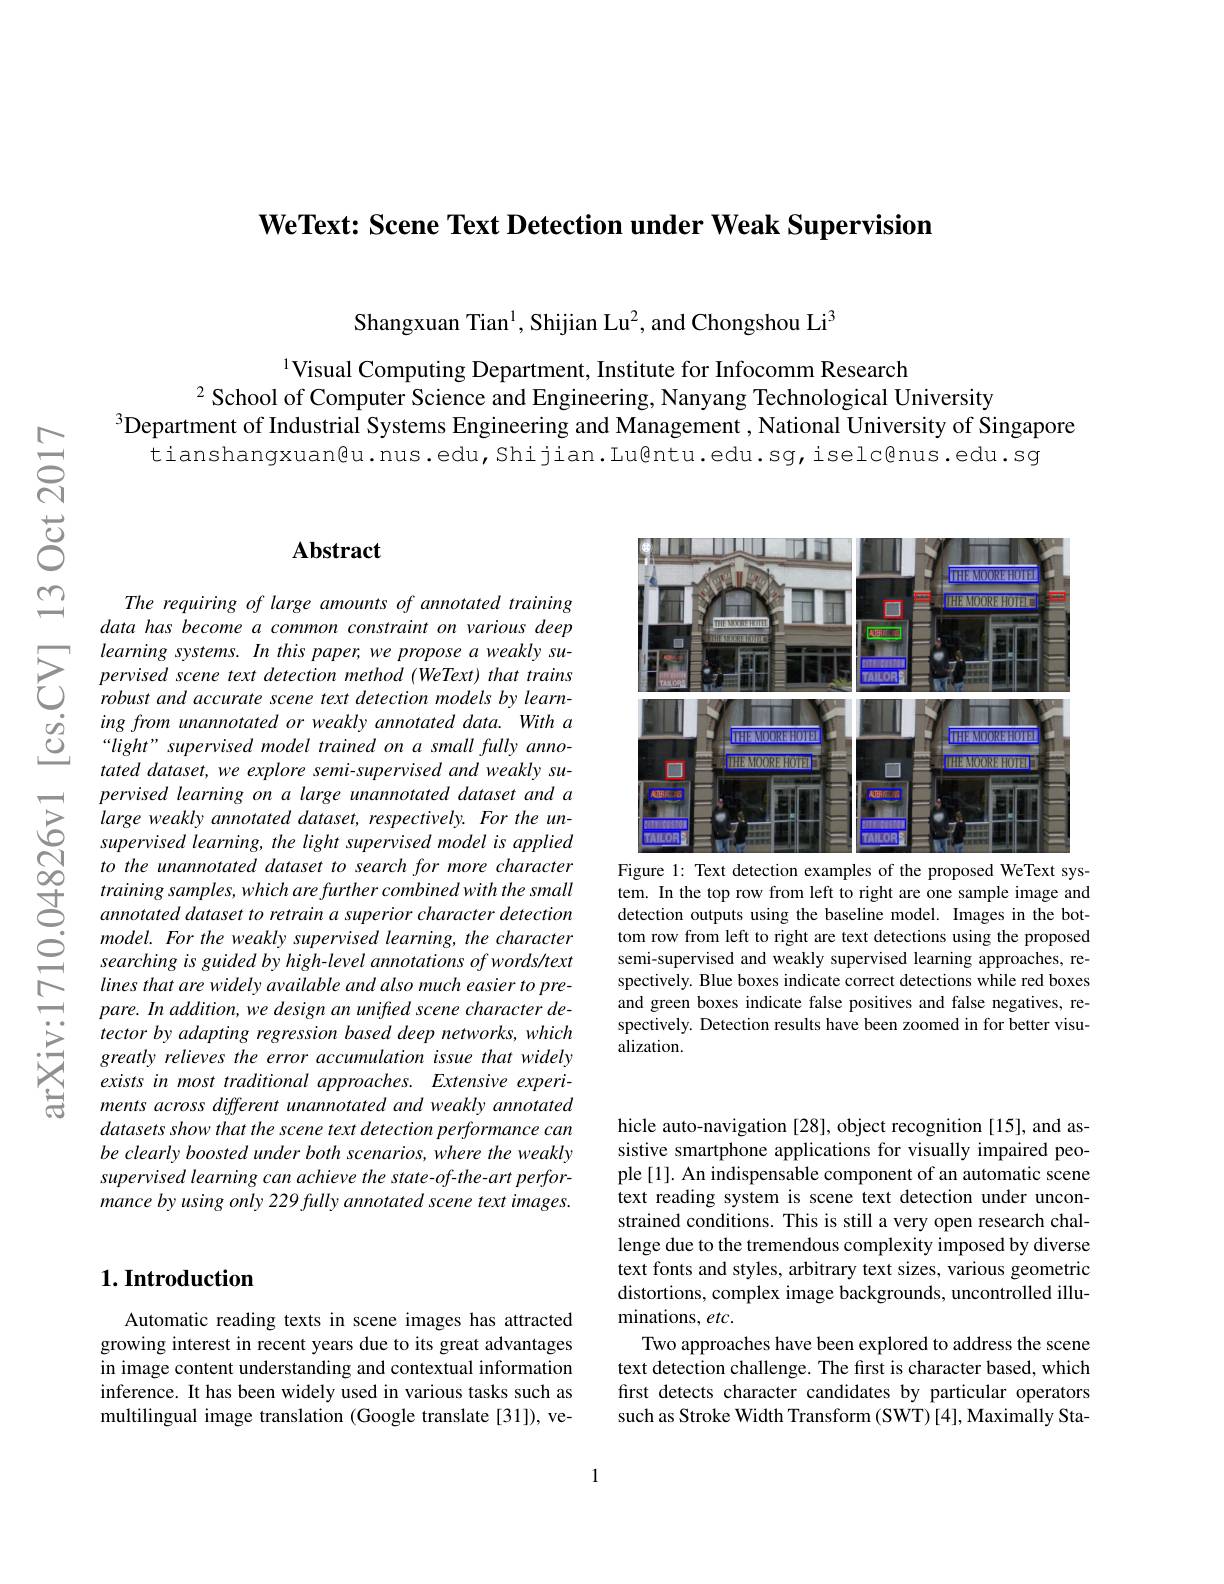
$\textbf{WeText: Scene Text Detection under Weak Supervision}$

Shangxuan Tian$^{1}$, Shijian Lu$^2$, and Chongshou Li$^3$

1Visual Computing Department, Institute for Infocomm Research
$^{2}$ School of Computer Science and Engineering, Nanyang Technological University
$^{3}$Department of Industrial Systems Engineering and Management , National University of Singapore
tianshangxuan@u.nus.edu,Shijian.Lu@ntu.edu.sg,iselc@nus.edu.sg

## Abstract

The requiring of large amounts of annotated training data has become a common constraint on various deep
$\sum_{\begin{array}{ccc}&\text{learning systems. In this paper, we propose a weakly su-}\\&\text{pervised scene text detection method (WeText) that trains}\\&\text{robust and accurate scene text detection models by learn-}\end{array}}$
tated dataset, we explore semi-supervised and weakly supervised learning on a large unannotated dataset and a large weakly annotated dataset, respectively. For the unsupervised learning, the light supervised model is applied to the unannotated dataset to search for more character training samples, which are further combined with the small annotated dataset to retrain a superior character detection model. For the weakly supervised learning, the character searching is guided by high-level annotations of words/text lines that are widely available and also much easier to prepare. In addition, we design an unifred scene character detector by adapting regression based deep networks, which greatly relieves the error accumulation issue that widely exists in most traditional approaches. Extensive experiments across different unannotated and weakly annotated datasets show that the scene text detection performance can be clearly boosted under both scenarios, where the weakly supervised learning can achieve the state-of-the-art performance by using only 229 fully annotated scene text images.

## $1. \textbf{Introduction}$

Automatic reading texts in scene images has attracted growing interest in recent years due to its great advantages in image content understanding and contextual information inference. It has been widely used in various tasks such as multilingual image translation (Google translate [31]), ve-

<FigureHere>
Figure 1: Text detection examples of the proposed WeText sys-

tem. In the top row from left to right are one sample image and detection outputs using the baseline model. Images in the bottom row from left to right are text detections using the proposed semi-supervised and weakly supervised learning approaches, respectively. Blue boxes indicate correct detections while red boxes and green boxes indicate false positives and false negatives, respectively. Detection results have been zoomed in for better visu- $alization.$

hicle auto-navigation [28], object recognition [15], and assistive smartphone applications for visually impaired people [1]. An indispensable component of an automatic scene text reading system is scene text detection under unconstrained conditions. This is still a very open research challenge due to the tremendous complexity imposed by diverse text fonts and styles, arbitrary text sizes, various geometric distortions, complex image backgrounds, uncontrolled illuminations, etc.
Two approaches have been explored to address the scene text detection challenge. The first is character based, which first detects character candidates by particular operators such as Stroke Width Transform (SWT) [4], Maximally Sta-

1